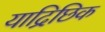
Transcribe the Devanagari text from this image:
याद्रिछिक